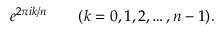
e ^ { 2 \pi i k / n } \qquad ( k = 0 , 1 , 2 , \dots , n - 1 ) .